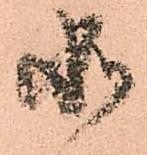
如